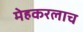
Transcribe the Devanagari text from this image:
मेहकरलाच